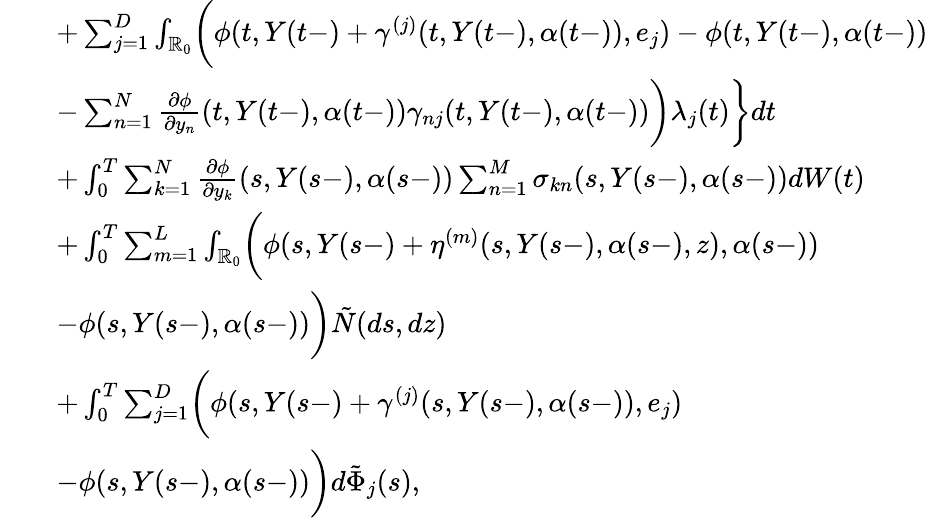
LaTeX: \begin{array}{rl}&{\quad+\sum_{j=1}^{D}\int_{\mathbb{R}_{0}}\biggl(\phi(t,Y(t-)+\gamma^{(j)}(t,Y(t-),\alpha(t-)),e_{j})-\phi(t,Y(t-),\alpha(t-))}\\ &{\quad-\sum_{n=1}^{N}\frac{\partial{\phi}}{\partial{y_{n}}}(t,Y(t-),\alpha(t-))\gamma_{nj}(t,Y(t-),\alpha(t-))\biggr)\lambda_{j}(t)\biggr\} dt}\\ &{\quad+\int_{0}^{T}\sum_{k=1}^{N}\frac{\partial{\phi}}{\partial{y}_{k}}(s,Y(s-),\alpha(s-))\sum_{n=1}^{M}\sigma_{kn}(s,Y(s-),\alpha(s-))dW(t)}\\ &{\quad+\int_{0}^{T}\sum_{m=1}^{L}\int_{\mathbb{R}_{0}}\biggl(\phi(s,Y(s-)+\eta^{(m)}(s,Y(s-),\alpha(s-),z),\alpha(s-))}\\ &{\quad-\phi(s,Y(s-),\alpha(s-))\biggr)\tilde{N}(ds,dz)}\\ &{\quad+\int_{0}^{T}\sum_{j=1}^{D}\biggl(\phi(s,Y(s-)+\gamma^{(j)}(s,Y(s-),\alpha(s-)),e_{j})}\\ &{\quad-\phi(s,Y(s-),\alpha(s-))\biggr)d\tilde{\Phi}_{j}(s),}\end{array}